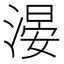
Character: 𣺂